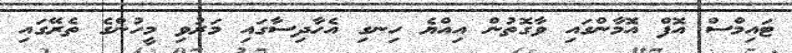
ޓައިމްސް އޮފް އޮމާންގައި ވާގޮތުން އިއްޔެ ހިނގި އެހާދިސާގައި މަރުވި މީހުންގެ ތެރޭގައި